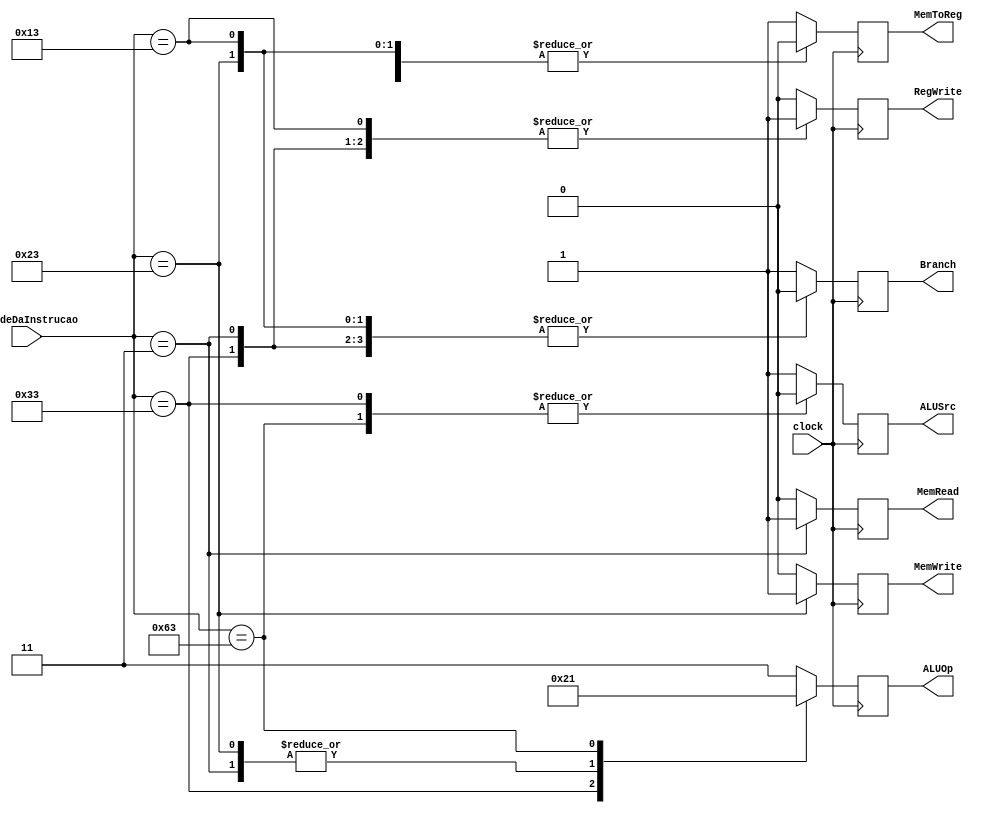
module control(
    input wire clock,
    input [6:0] opcodeDaInstrucao,
    output reg ALUSrc,
    output reg MemToReg,
    output reg RegWrite,
    output reg MemRead,
    output reg MemWrite,
    output reg Branch,
    output reg [1:0] ALUOp);

    //LD, SD, LW, SW, BNE
    always @(posedge clock) begin
        case (opcodeDaInstrucao)
            7'b0110011: begin//R-type - ADD, SUB, AND, OR, XOR, SLL
                ALUSrc <= 0;
                MemToReg <= 0;
                RegWrite <= 1;
                MemRead <= 0;
                MemWrite <= 0;
                Branch <= 0;
                ALUOp <= 2'b10;
            end

            7'b0000011: begin//LOAD
                ALUSrc <= 1;
                MemToReg <= 1;
                RegWrite <= 1;
                MemRead <= 1;
                MemWrite <= 0;
                Branch <= 0;
                ALUOp <= 2'b00;
            end

            7'b0100011: begin//STORE
                ALUSrc <= 1;
                MemToReg <= 0;
                RegWrite <= 0;
                MemRead <= 0;
                MemWrite <= 1;
                Branch <= 0;
                ALUOp <= 2'b00;
            end

            7'b1100011: begin//BEQ
                ALUSrc <= 0;
                MemToReg <= 0;
                RegWrite <= 0;
                MemRead <= 0;
                MemWrite <= 0;
                Branch <= 1;
                ALUOp <= 2'b01;
            end

            7'b0010011: begin // Tipo-I - ADDI
                ALUSrc <= 1;
                MemToReg <= 0;
                RegWrite <= 1;
                MemRead <= 0;
                MemWrite <= 0;
                Branch <= 0;
                ALUOp <= 2'b11;
            end

            default: begin
                ALUSrc <= -1;
                MemToReg <= -1;
                RegWrite <= 0;
                MemRead <= 0;
                MemWrite <= 0;
                Branch <= 1;
                ALUOp <= 2'b11;
            end
        endcase
    end
endmodule